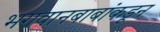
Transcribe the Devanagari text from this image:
भगवानबाबांकडून